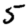
Digit: 5